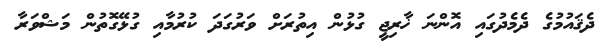
ދެޤައުމުގެ ދެމެދުގައި އޮންނަ ޚާރިޖީ ގުޅުން އިތުރަށް ވަރުގަދަ ކުރުމާއި ގުޅޭގޮތުން މަޝްވަރާ